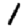
Digit: 1